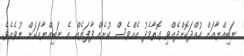
ނަބިއްޔާއަށް ހުއްދަކޮށްދެއްވި ގޮތާމެދު އެއްވެސް ކުށެއް ފާފަޔެއް އެ ނަބިއްޔާއަކަށް ނުވެއެވެ.